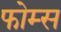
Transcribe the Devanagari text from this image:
फोम्स